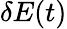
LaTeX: \delta E(t)